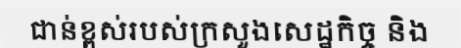
ជាន់ខ្ពស់របស់ក្រសួងសេដ្ឋកិច្ច និង